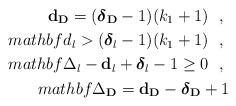
\begin{align*}\mathbf{d}_{\mathbf{D}} = (\boldsymbol{\delta}_{\mathbf{D}}-1)(k_{1}+1) \ \ , \ \\mathbf{d}_{l} > (\boldsymbol{\delta}_{l}-1)(k_{1}+1) \ \ , \ \\mathbf{\Delta}_{l} - \mathbf{d}_{l} + \boldsymbol{\delta}_{l} - 1 \geq 0 \ \ , \ \\mathbf{\Delta}_{\mathbf{D}} = \mathbf{d}_{\mathbf{D}} - \boldsymbol{\delta}_{\mathbf{D}} + 1\end{align*}